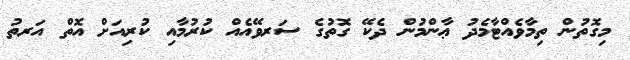
މިގޮތުން ތިމާވެއްޓާމެދު ޢާންމުން ދެކޭ ގޮތުގެ ސަރވޭއެއް ކުރުމާއި ކުރިއަށް އޮތް އަރތު